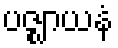
ပဇ္ဈာယနံ